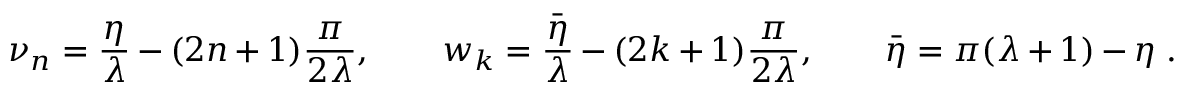
\nu _ { n } = \frac { \eta } { \lambda } - ( 2 n + 1 ) \frac { \pi } { 2 \lambda } , \qquad w _ { k } = \frac { \bar { \eta } } { \lambda } - ( 2 k + 1 ) \frac { \pi } { 2 \lambda } , \qquad \bar { \eta } = \pi ( \lambda + 1 ) - \eta \ .